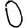
Digit: 0